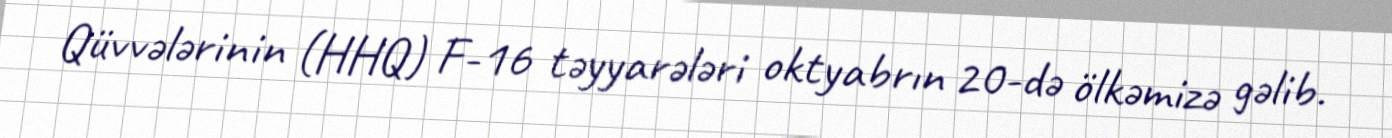
Qüvvələrinin (HHQ) F-16 təyyarələri oktyabrın 20-də ölkəmizə gəlib.